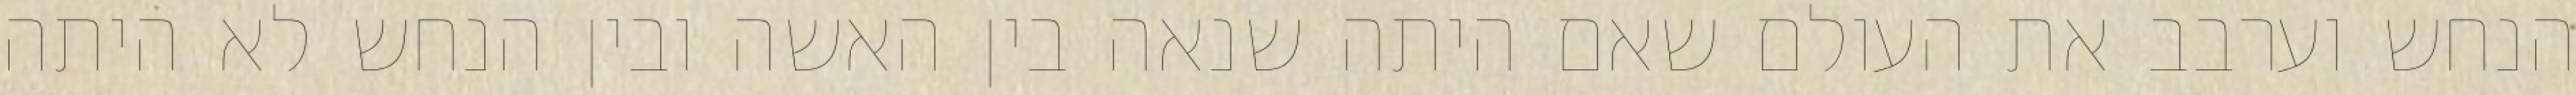
הנחש וערבב את העולם שאם היתה שנאה בין האשה ובין הנחש לא היתה